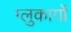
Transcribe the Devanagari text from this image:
ग्लुकागों